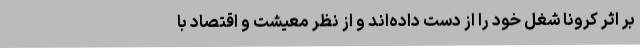
بر اثر کرونا شغل خود را از دست داده‌اند و از نظر معیشت و اقتصاد با